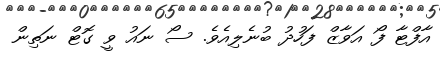
އާފްޓާ ފޯ އަވާޒް ފަހުދު ބުނެލިއެވެ. ސޯ ނައު ވީ ގޮޓް ނަތިން